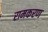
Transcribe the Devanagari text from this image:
रामकरण